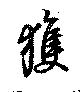
獲